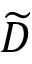
\widetilde D